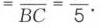
$=\overline{BC}=\frac{}{5}\cdot$